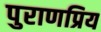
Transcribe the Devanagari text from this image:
पुराणप्रिय